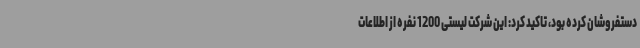
دستفروشان کرده بود، تاکید کرد: این شرکت لیستی 1200 نفره از اطلاعات